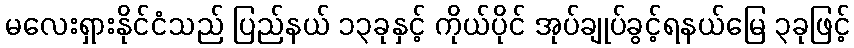
မလေးရှားနိုင်ငံသည် ပြည်နယ် ၁၃ခုနှင့် ကိုယ်ပိုင် အုပ်ချုပ်ခွင့်ရနယ်မြေ ၃ခုဖြင့်